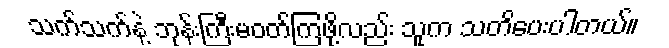
သက်သက်နဲ့ ဘုန်းကြီးမဝတ်ကြဖို့လည်း သူက သတိပေးပါတယ်။